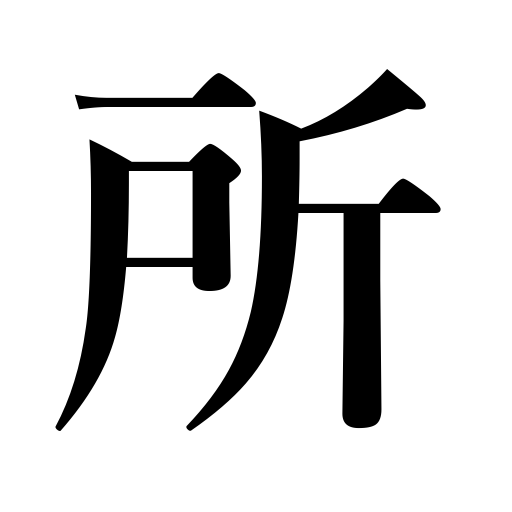
Meanings: locality,district,site,distance,time,point,passage in a book,spot,scene,thing,moment,room,matter of course,part,feature,address,seat,place,extent